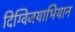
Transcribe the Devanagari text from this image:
दिग्विजयाभियान